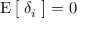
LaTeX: \operatorname { E } { \big [ } \; \delta _ { i } \; { \big ] } = 0